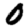
Digit: 0